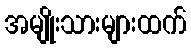
အမျိုးသားများထက်